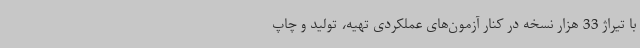
با تیراژ 33 هزار نسخه در کنار آزمون‌های عملکردی تهیه، تولید و چاپ